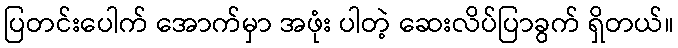
ပြတင်းပေါက် အောက်မှာ အဖုံး ပါတဲ့ ဆေးလိပ်ပြာခွက် ရှိတယ်။